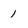
Character: 1